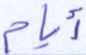
أيام